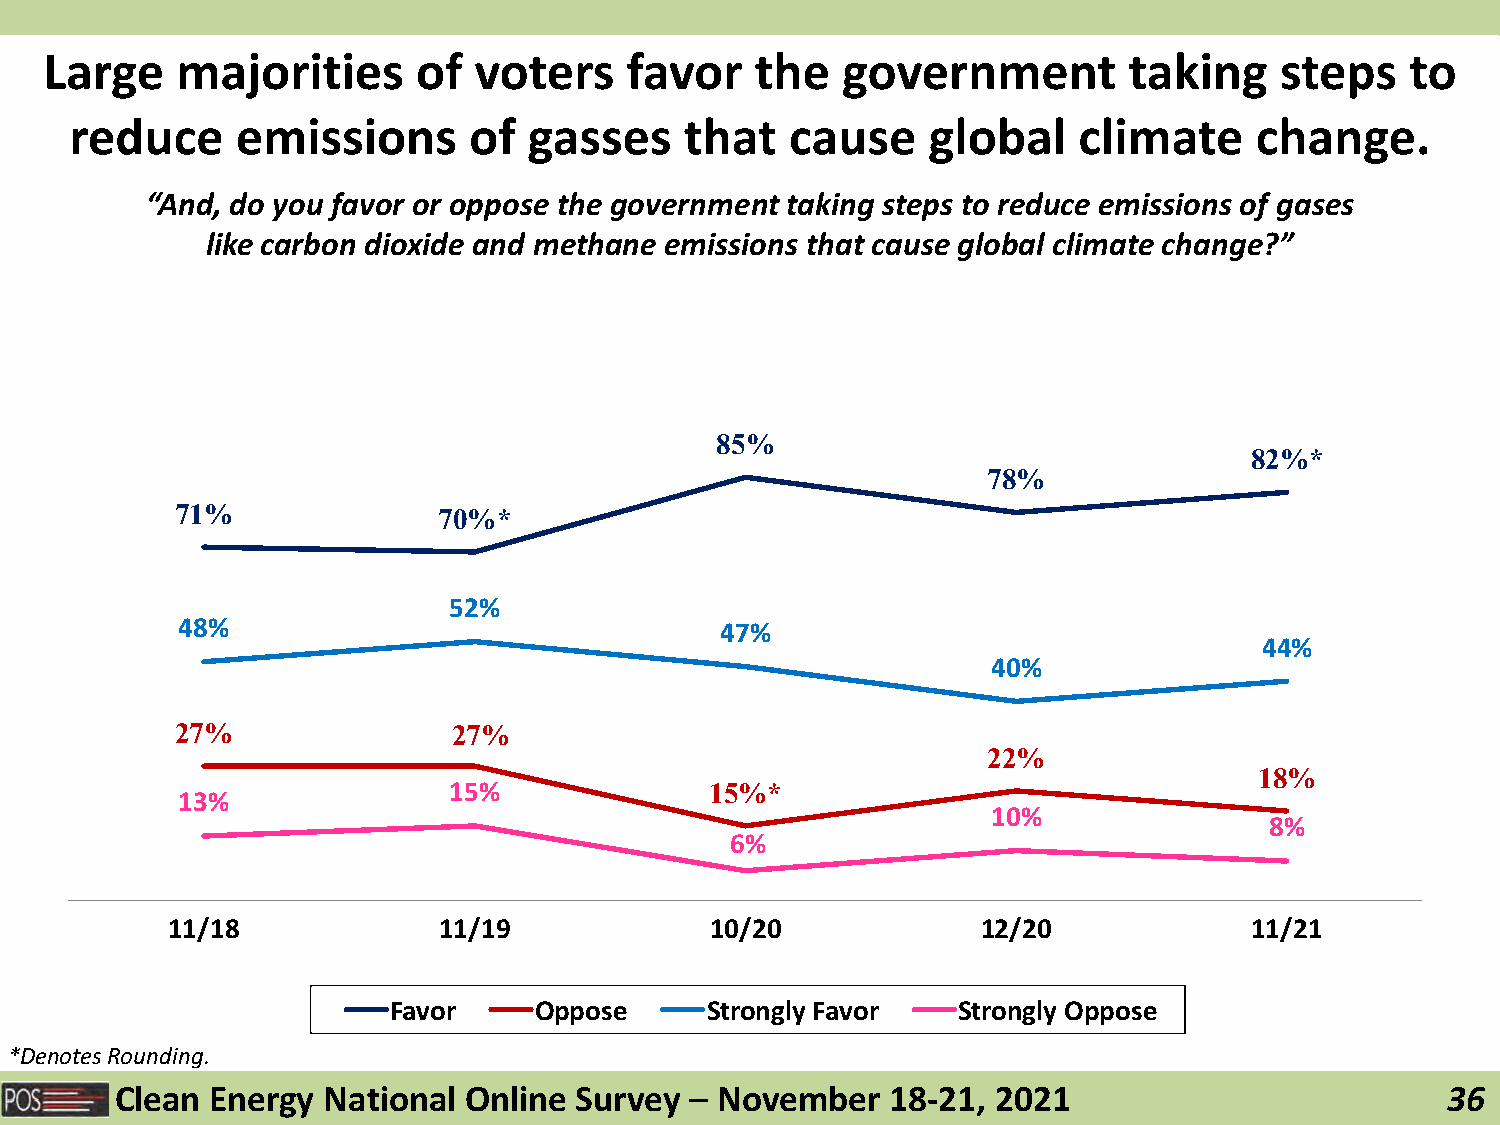
Large    majorities      of voters    favor    the   government         taking    steps   to
 reduce     emissions      of  gasses    that   cause    global    climate     change.
 “And, do you favor or oppose the government taking steps to reduce emissions of gases
 like carbon dioxide and methane emissions that cause global climate change?”
 85%
 82%*
 78%
 71%              70%*
 52%
 48%                                 47%
 44%
 40%
 27%               27%
 22%
 18%
 15%              15%*
 13%
 10%
 8%
 6%
 11/18             11/19             10/20             12/20             11/21
 Favor    Oppose      Strongly Favor  Strongly Oppose
 *Denotes Rounding.
 Clean Energy National  Online Survey  – November   18-21, 2021                          36